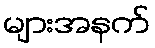
များအနက်